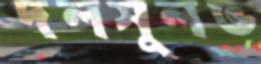
দলসুলভ